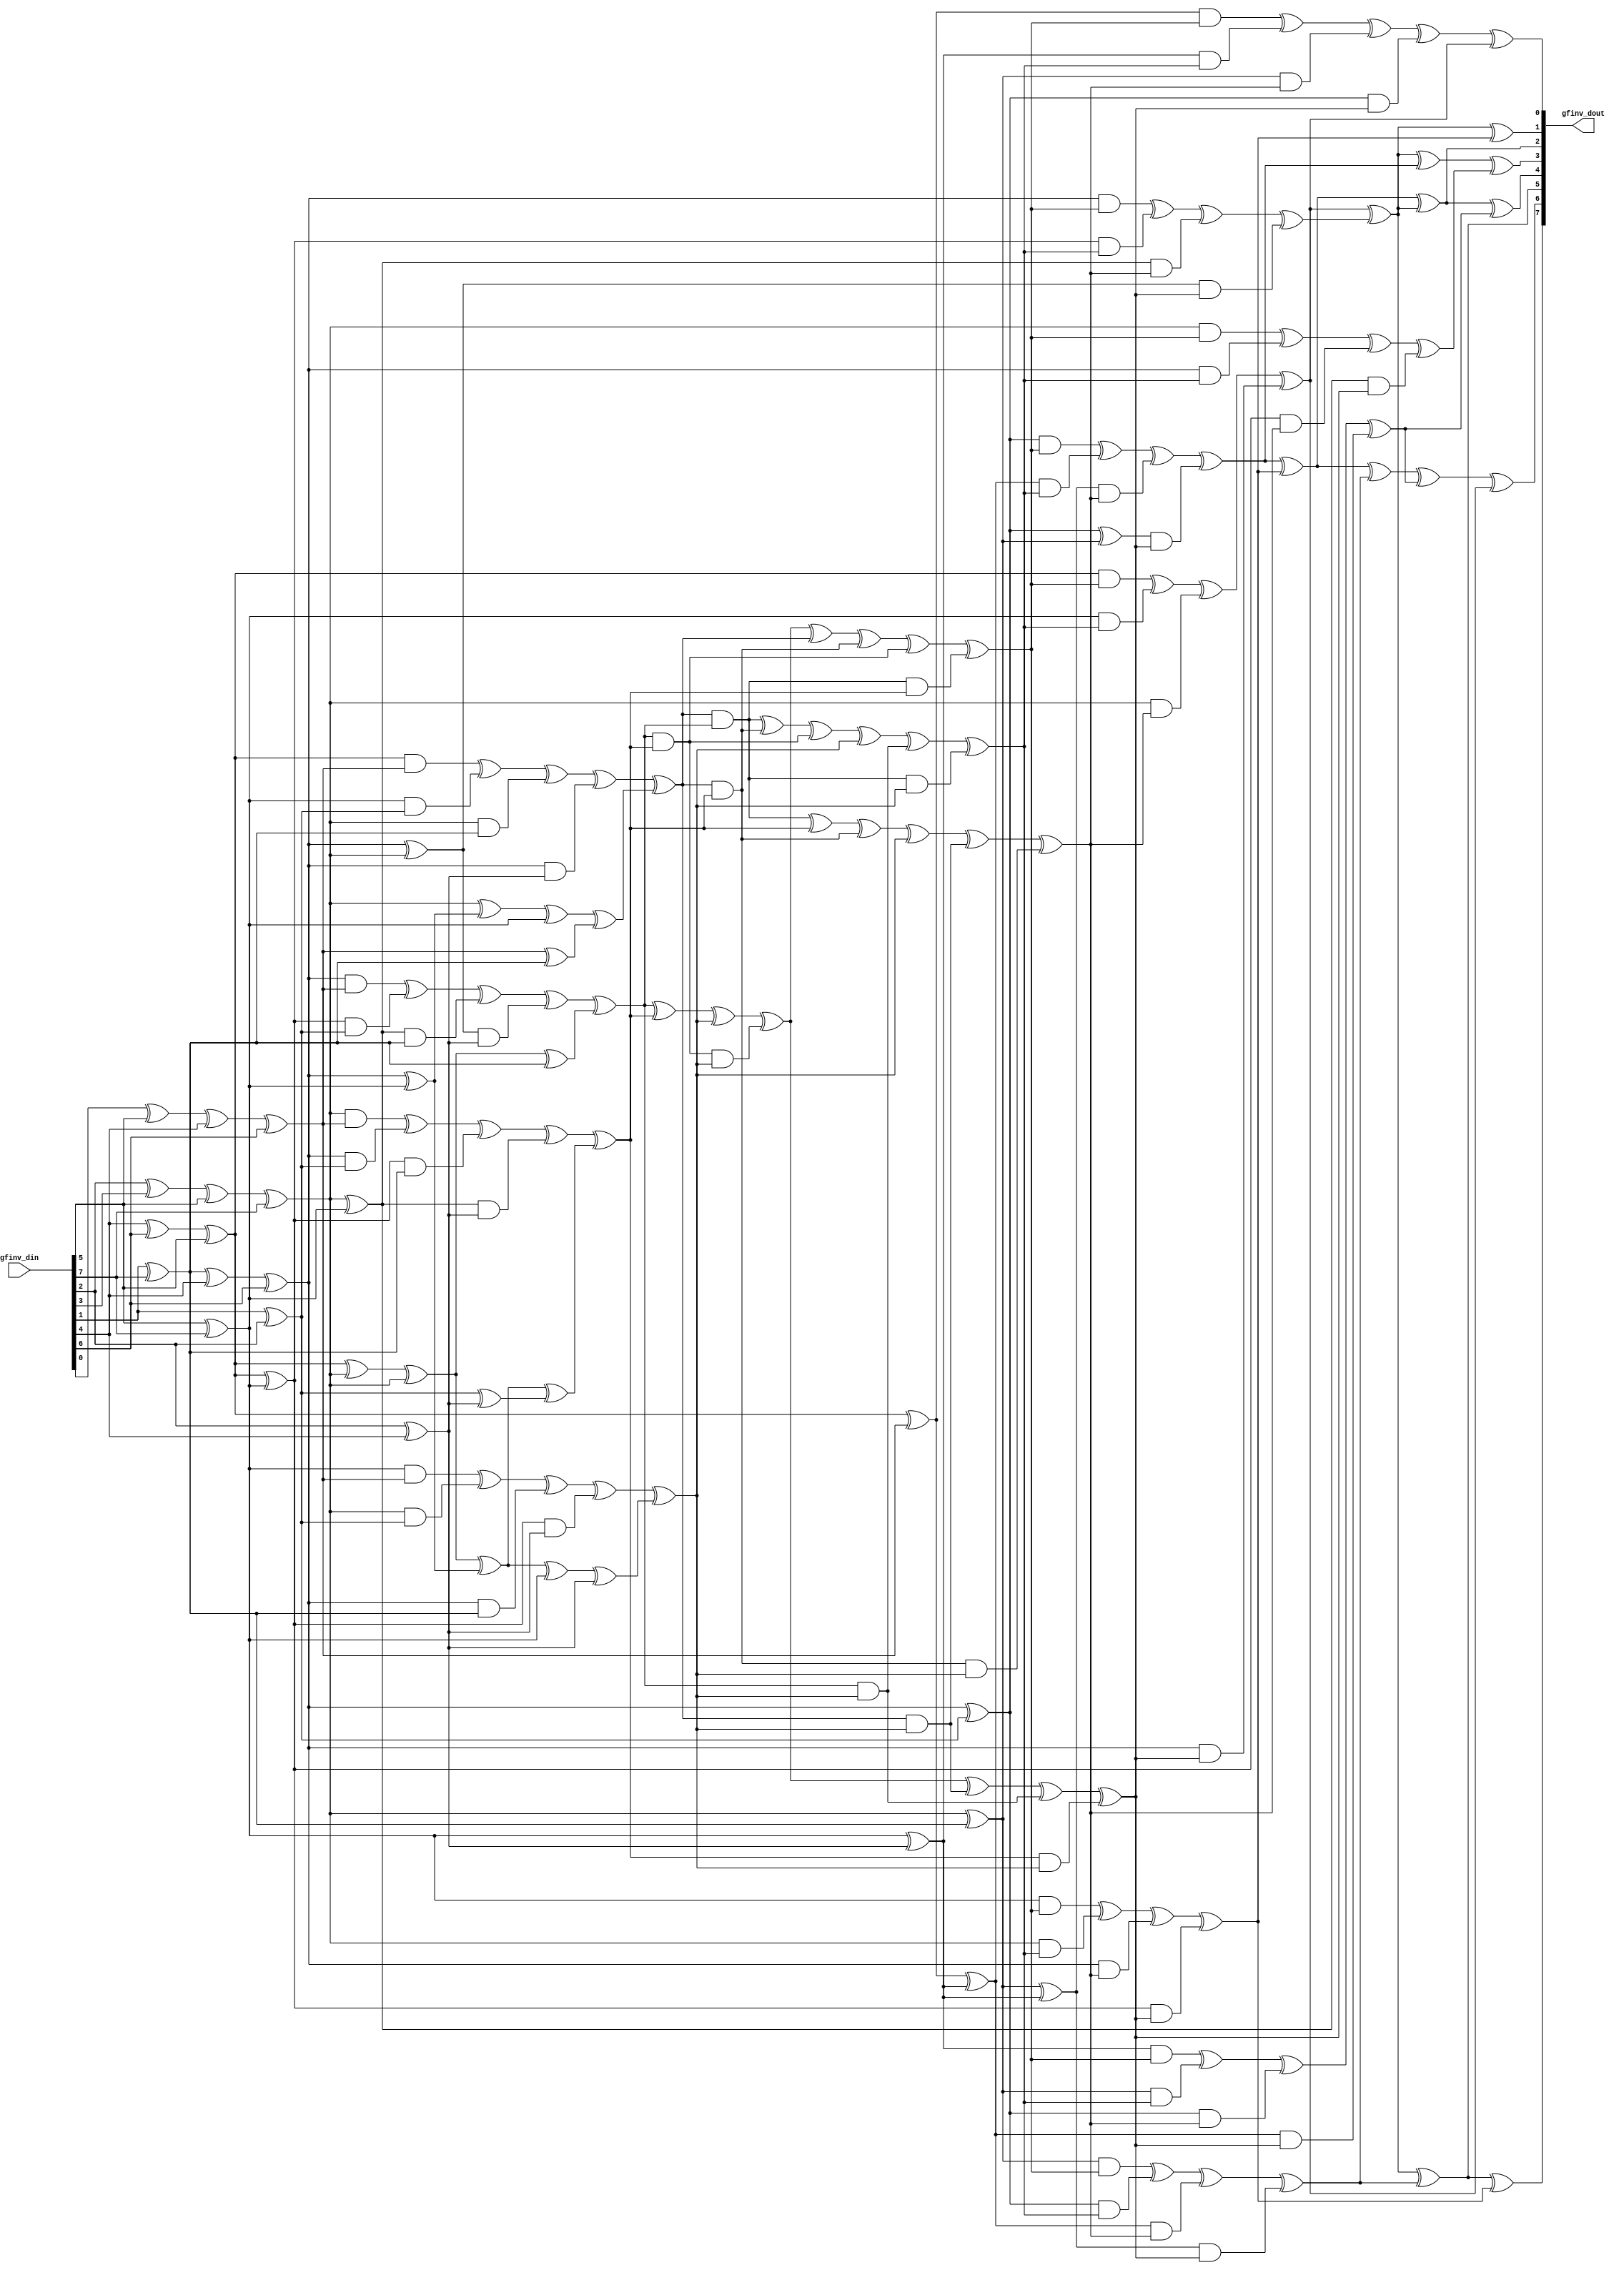
//-----------------------------------------------------------------------------
// Title         : ARIA GF Inversion
// Project       : CA ARIA 1.1
//-----------------------------------------------------------------------------
//-----------------------------------------------------------------------------
// Description :
//  ARIA GF Inversion Module
//  This Module will be used at sbox
//-----------------------------------------------------------------------------
// Copyright (c) 2018 by ISLAB This model is the confidential and
// proprietary property of ISLAB and the possession or use of this
// file requires a written license from ISLAB.
//------------------------------------------------------------------------------
// Modification history :
// 01.11.2018 : created by Haeyoung Kim
// 08.12.2018 : code refactoring by Haeyoung Kim
//-----------------------------------------------------------------------------
module aria_lt_gfinv (/*AUTOARG*/
   // Outputs
   gfinv_dout,
   // Inputs
   gfinv_din
   ) ;
   input  [7:0] gfinv_din;
   output [7:0] gfinv_dout;

   wire [7:0]   gfinv_dout;

   wire [3:0]   ah, al, tmp1, tmp2, tmp3, tmp4, tmp5, tmp6, tmp7, tmp8, ahp, alp;
   wire         tmp8a;

   // Step1. Convert din to ah, al
   //        this step called map operation
   assign ah[3] = gfinv_din[5] ^ gfinv_din[7];
   assign ah[2] = gfinv_din[2] ^ gfinv_din[3] ^ gfinv_din[5] ^ gfinv_din[7];
   assign ah[1] = gfinv_din[1] ^ gfinv_din[7] ^ gfinv_din[4] ^ gfinv_din[6];
   assign ah[0] = gfinv_din[4] ^ gfinv_din[6] ^ gfinv_din[5];

   assign al[3] = gfinv_din[2] ^ gfinv_din[4];
   assign al[2] = gfinv_din[1] ^ gfinv_din[7];
   assign al[1] = gfinv_din[1] ^ gfinv_din[2];
   assign al[0] = gfinv_din[0] ^ gfinv_din[5] ^ gfinv_din[4] ^ gfinv_din[6];

   // Step 2-1. Square ah
   // input: ah, output: tmp1
   assign tmp1[3] = ah[3];
   assign tmp1[2] = ah[1] ^ ah[3];
   assign tmp1[1] = ah[2];
   assign tmp1[0] = ah[0] ^ ah[2];

   // Step 2-1'. multiply with {e}
   // input: tmp1, output: tmp2
   assign tmp2[3] = tmp1[0] ^ tmp1[1] ^ tmp1[2] ^ tmp1[3];
   assign tmp2[2] = tmp1[0] ^ tmp1[1] ^ tmp1[2];
   assign tmp2[1] = tmp1[0] ^ tmp1[1];
   assign tmp2[0] = tmp1[1] ^ tmp1[2] ^ tmp1[3];

   // Step 2-2. Square al
   // input: al, output: tmp3
   assign tmp3[3] = al[3];
   assign tmp3[2] = al[1] ^ al[3];
   assign tmp3[1] = al[2];
   assign tmp3[0] = al[0] ^ al[2];

   // Step 2-3. Multiply ah & al
   // input: ah & al, output: tmp4
   assign tmp4[3] = (ah[3] & al[0]) ^ (ah[2] & al[1]) ^ (ah[1] & al[2]) ^ ((ah[0] ^ ah[3]) & al[3]);
   assign tmp4[2] = (ah[2] & al[0]) ^ (ah[1] & al[1]) ^ ((ah[0] ^ ah[3]) & al[2]) ^ ((ah[2] ^ ah[3]) & al[3]);
   assign tmp4[1] = (ah[1] & al[0]) ^ ((ah[0] ^ ah[3]) & al[1]) ^ ((ah[2] ^ ah[3]) & al[2]) ^ ((ah[1] ^ ah[2]) & al[3]);
   assign tmp4[0] = (ah[0] & al[0]) ^ (ah[3] & al[1]) ^ (ah[2] & al[2]) ^ (ah[1] & al[3]);


   // Step 2-4. ^ ah & al
   // input: ah & al, output: tmp5
   assign tmp5[3] = ah[3] ^ al[3];
   assign tmp5[2] = ah[2] ^ al[2];
   assign tmp5[1] = ah[1] ^ al[1];
   assign tmp5[0] = ah[0] ^ al[0];

   // Step 3. ^ tmp2 & tmp3
   // input: tmp2 & tmp3, output: tmp6
   assign tmp6[3] = tmp2[3] ^ tmp3[3];
   assign tmp6[2] = tmp2[2] ^ tmp3[2];
   assign tmp6[1] = tmp2[1] ^ tmp3[1];
   assign tmp6[0] = tmp2[0] ^ tmp3[0];


   // Step 4. ^ tmp4 & tmp6
   // input: tmp4 & tmp6, output: tmp7
   assign tmp7[3] = tmp4[3] ^ tmp6[3];
   assign tmp7[2] = tmp4[2] ^ tmp6[2];
   assign tmp7[1] = tmp4[1] ^ tmp6[1];
   assign tmp7[0] = tmp4[0] ^ tmp6[0];

   // Step 5. Inverse tmp7
   // input: tmp7, output: tmp8
   assign tmp8a   = tmp7[1] ^ tmp7[2] ^ tmp7[3] ^ (tmp7[1] & tmp7[2] & tmp7[3]);
   assign tmp8[3] = tmp8a ^ (tmp7[0] & tmp7[3]) ^ (tmp7[1] & tmp7[3]) ^ (tmp7[2] & tmp7[3]);
   assign tmp8[2] = (tmp7[0] & tmp7[1]) ^ tmp7[2] ^ (tmp7[0] & tmp7[2]) ^ tmp7[3] ^ (tmp7[0] & tmp7[3]) ^ (tmp7[0] & tmp7[2] & tmp7[3]);
   assign tmp8[1] = (tmp7[0] & tmp7[1]) ^ (tmp7[0] & tmp7[2]) ^ (tmp7[1] & tmp7[2]) ^ tmp7[3] ^ (tmp7[1] & tmp7[3]) ^ (tmp7[0] & tmp7[1] & tmp7[3]);
   assign tmp8[0] = tmp8a ^ tmp7[0] ^ (tmp7[0] & tmp7[2]) ^ (tmp7[1] & tmp7[2]) ^ (tmp7[0] & tmp7[1] & tmp7[2]);

   // Step 6-1. Multiply ah & tmp8
   // input: ah & tmp8, output: ahp
   assign ahp[3] = (ah[3] & tmp8[0]) ^ (ah[2] & tmp8[1]) ^ (ah[1] & tmp8[2]) ^ ((ah[0] ^ ah[3]) & tmp8[3]);
   assign ahp[2] = (ah[2] & tmp8[0]) ^ (ah[1] & tmp8[1]) ^ ((ah[0] ^ ah[3]) & tmp8[2]) ^ ((ah[2] ^ ah[3]) & tmp8[3]);
   assign ahp[1] = (ah[1] & tmp8[0]) ^ ((ah[0] ^ ah[3]) & tmp8[1]) ^ ((ah[2] ^ ah[3]) & tmp8[2]) ^ ((ah[1] ^ ah[2]) & tmp8[3]);
   assign ahp[0] = (ah[0] & tmp8[0]) ^ (ah[3] & tmp8[1]) ^ (ah[2] & tmp8[2]) ^ (ah[1] & tmp8[3]);
   // Step 6-2. Multiply tmp5 & tmp8
   // input: tmp5 & tmp8, output: ahp
   assign alp[3] = (tmp5[3] & tmp8[0]) ^ (tmp5[2] & tmp8[1]) ^ (tmp5[1] & tmp8[2]) ^ ((tmp5[0] ^ tmp5[3]) & tmp8[3]);
   assign alp[2] = (tmp5[2] & tmp8[0]) ^ (tmp5[1] & tmp8[1]) ^ ((tmp5[0] ^ tmp5[3]) & tmp8[2]) ^ ((tmp5[2] ^ tmp5[3]) & tmp8[3]);
   assign alp[1] = (tmp5[1] & tmp8[0]) ^ ((tmp5[0] ^ tmp5[3]) & tmp8[1]) ^ ((tmp5[2] ^ tmp5[3]) & tmp8[2]) ^ ((tmp5[1] ^ tmp5[2]) & tmp8[3]);
   assign alp[0] = (tmp5[0] & tmp8[0]) ^ (tmp5[3] & tmp8[1]) ^ (tmp5[2] & tmp8[2]) ^ (tmp5[1] & tmp8[3]);

   // Step 7. Convert ahp & alp to dout
   // input: ahp & alp, output: dout
   // This process referred to map^(-1]
   assign gfinv_dout[7] = (ahp[0] ^ ahp[1]) ^ alp[2] ^ ahp[3];
   assign gfinv_dout[6] = (alp[1] ^ ahp[3]) ^ alp[2] ^ alp[3] ^ ahp[0];
   assign gfinv_dout[5] = (ahp[0] ^ ahp[1]) ^ alp[2];
   assign gfinv_dout[4] = (alp[1] ^ ahp[3]) ^ (ahp[0] ^ ahp[1])^ alp[3];
   assign gfinv_dout[3] = (ahp[0] ^ ahp[1]) ^ alp[1] ^ ahp[2];
   assign gfinv_dout[2] = (alp[1] ^ ahp[3]) ^ (ahp[0] ^ ahp[1]);
   assign gfinv_dout[1] = (ahp[0] ^ ahp[1]) ^ ahp[3];
   assign gfinv_dout[0] = alp[0] ^ ahp[0];
endmodule // aria_lt_gfinv